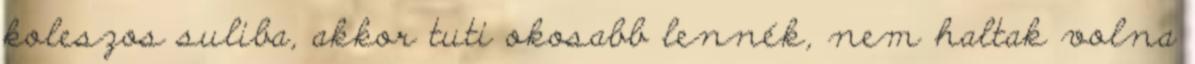
koleszos suliba, akkor tuti okosabb lennék, nem haltak volna